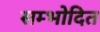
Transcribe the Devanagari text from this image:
सम्भोदित